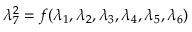
\lambda _ { 7 } ^ { 2 } = f ( \lambda _ { 1 } , \lambda _ { 2 } , \lambda _ { 3 } , \lambda _ { 4 } , \lambda _ { 5 } , \lambda _ { 6 } )